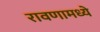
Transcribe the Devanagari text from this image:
रावणामध्ये